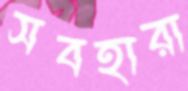
সবহারা